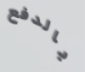
بالدفع